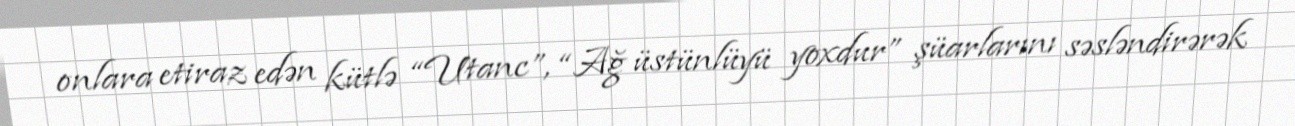
onlara etiraz edən kütlə “Utanc”, “Ağ üstünlüyü yoxdur” şüarlarını səsləndirərək